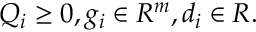
Q _ { i } \geq 0 , g _ { i } \in R ^ { m } , d _ { i } \in R .